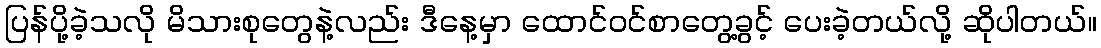
ပြန်ပို့ခဲ့သလို မိသားစုတွေနဲ့လည်း ဒီနေ့မှာ ထောင်ဝင်စာတွေ့ခွင့် ပေးခဲ့တယ်လို့ ဆိုပါတယ်။